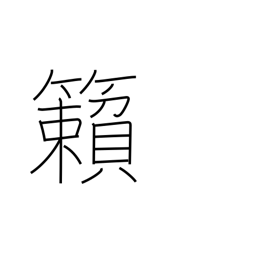
Meaning: rattling of the wind